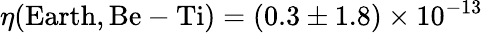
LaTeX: \eta({\mathrm{Earth}},{\mathrm{Be-Ti}})=(0.3\pm 1.8)\times 10^{-13}